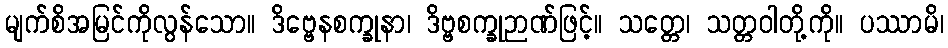
မျက်စိအမြင်ကိုလွန်သော။ ဒိဗ္ဗေနစက္ခုနာ၊ ဒိဗ္ဗစက္ခုဉာဏ်ဖြင့်။ သတ္တေ၊ သတ္တဝါတို့ကို။ ပဿာမိ၊